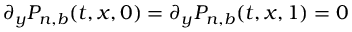
\partial _ { y } P _ { n , b } ( t , x , 0 ) = \partial _ { y } P _ { n , b } ( t , x , 1 ) = 0